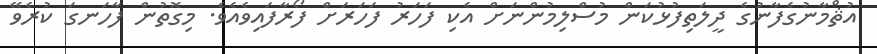
އުޘްމާނުގެފާނުގެ ދީލަތިފުޅުކަން މުސްލިމުންނަށް އެކި ފަހަރު ފަހަރަށް ފޯރާފައިވެއެވެ. މިގޮތުން ފާހަނގަ ކުރެވޭ